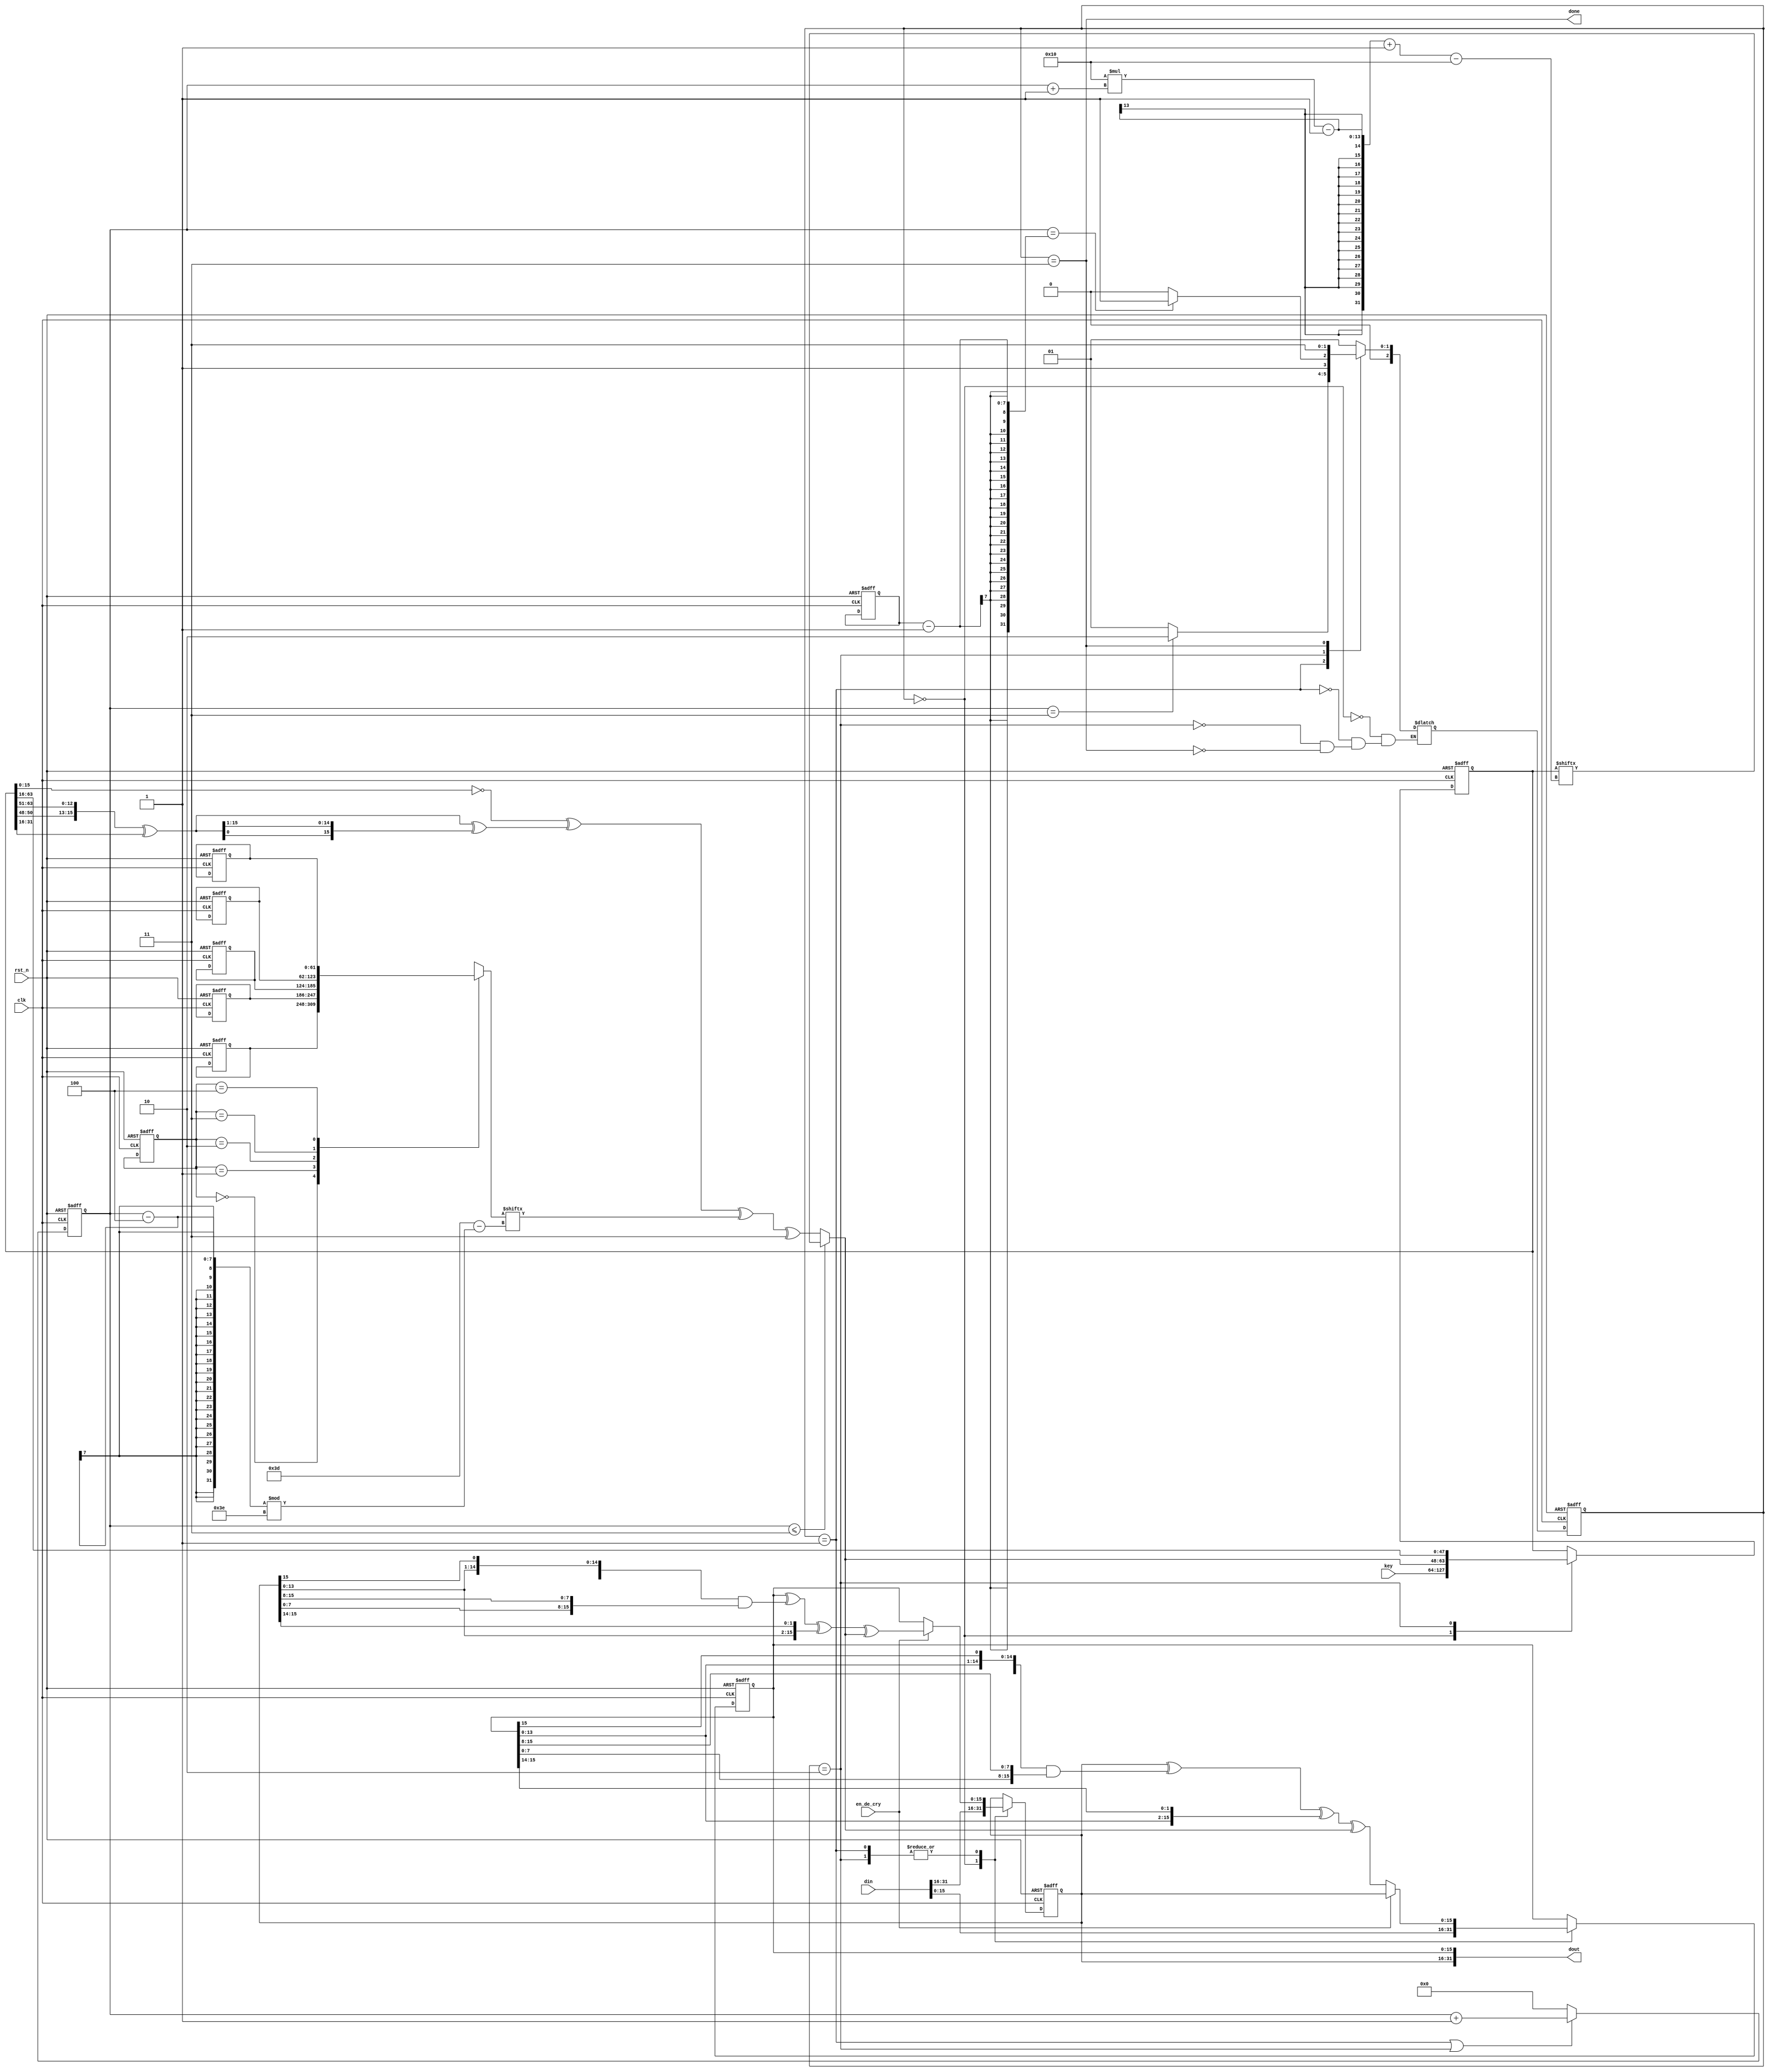
`timescale 1ns / 1ps
//////////////////////////////////////////////////////////////////////////////////
// Company: 
// Engineer: 
// 
// Design Name: 
// Module Name: simon
// Project Name: 
// Target Devices: 
// Tool Versions: 
// Description: 
// 
// Dependencies: 
// 
// Revision:
// Revision 0.01 - File Created
// Additional Comments:
// 
//////////////////////////////////////////////////////////////////////////////////


module simon #(
    parameter N = 16,
    parameter M = 4 
)(
    input clk,
    input rst_n,
    input en_de_cry,//1 is encry, 0 is decry
    input [2*N-1:0] din,
    input [M*N-1:0] key,
    output [2*N-1:0] dout,
    output done
    );

    reg[61:0] z[0:4]; 
    parameter IDLE = 2'b00, CIPHER1=2'b01, CIPHER2=2'b10,FINISH=2'b11;

    reg [2:0] state, next_state;

    reg [6:0] T; // T <= 72
    reg [2:0] j; // j <= 4;

    reg [N-1:0] x, y;
    reg [N*M-1:0] k;
    wire [N-1:0] k_expansion;
    wire [N-1:0] tmp1,tmp2,tmp3;
    
    reg [6:0] cnt_t; // count from 0-T,when cnt_t==m,begin k expansion
    wire cnt_en; // cnt_t?
    

    always @(posedge clk or negedge rst_n) begin
        if(!rst_n) begin
            z[0] <= 62'b11111010001001010110000111001101111101000100101011000011100110;
            z[1] <= 62'b10001110111110010011000010110101000111011111001001100001011010;
            z[2] <= 62'b10101111011100000011010010011000101000010001111110010110110011;
            z[3] <= 62'b11011011101011000110010111100000010010001010011100110100001111;
            z[4] <= 62'b11010001111001101011011000100000010111000011001010010011101111;
        end
        else begin 
            z[0] <= z[0];
            z[1] <= z[1];
            z[2] <= z[2];
            z[3] <= z[3];
            z[4] <= z[4];
        end
    end

    // FSM-1
    always @(posedge clk or negedge rst_n) begin
        if(!rst_n)
            state <= IDLE;
        else 
            state <= next_state; 
    end
    //FSM-2
    always @(*) begin
        case(state) 
            IDLE:begin
                next_state = CIPHER1;
            end
            CIPHER1:begin
                if(cnt_t==M-1)
                    next_state = CIPHER2;
                else
                    next_state = CIPHER1;
            end
            CIPHER2:begin
                if(cnt_t==T-1)
                    next_state = FINISH;
                else
                    next_state = CIPHER2;
            end
            FINISH:next_state = FINISH;
        endcase
    end

     //cnt_n
    assign cnt_en = (state==CIPHER1)|(state==CIPHER2);
    always @(posedge clk or negedge rst_n) begin
        if(!rst_n)
            cnt_t <= 7'd0;
        else if(cnt_en) 
            cnt_t <= cnt_t + 1'b1;
        else
            cnt_t <= 7'd0;
    end

    // FSM-3
    // key expansion
    always @(posedge clk or negedge rst_n) begin
        if(!rst_n) begin
            if(N==16) begin
                T <= 32;j <= 0; 
            end
            else if(N==24) begin
                if(M==3) begin
                    T <= 36; j <= 0;
                end
                else begin
                    T<=36;j<=1;
                end
            end
            else if(N==32) begin
                if(M==3) begin
                    T<=42;j<=2;
                end
                else begin
                    T<=44;j<=3;
                end
            end
            else if(N==48) begin
                if(M==2) begin
                    T<=52;j<=2;
                end
                else begin
                    T<=54;j<=3;
                end
            end
            else begin
                if(M==2) begin
                    T<=68;j<=2;
                end
                else if(M==3) begin
                    T<=69;j<=3;
                end
                else begin
                    T<=72;j<=4;
                end
            end
        end
        else begin
            T <= T;
            j <= j;
        end
    end
    always @(posedge clk or negedge rst_n) begin
        if(!rst_n) begin
            k <= 0;
        end
        else begin
            case(state)
                IDLE: begin
                    k <= key;
                end
                CIPHER1:begin
                    k <= k;
                end
                CIPHER2: begin
                    k <= {k_expansion,k[(N*M)-1:N]};
                end
                FINISH:;
            endcase
        end
    end
    assign tmp1 = {k[(M-1)*N+2:(M-1)*N],k[M*N-1:(M-1)*N+3]}; // S^-3
    assign tmp2 = (M==4)?(tmp1^k[(M-2)*N-1:(M-3)*N]):tmp1; // if(m=4) tmp<-tmp^k[i-3]
    assign tmp3 = tmp2^{tmp2[0],tmp2[N-1:1]};
    assign k_expansion = (cnt_t<=(M-1))?(k[(N*(cnt_t+1)-1)-:N]):((~k[N-1:0])^tmp3^z[j][61-(cnt_t-M)%62]^3);
    // x,y expansion
    always @(posedge clk or negedge rst_n) begin
        if(!rst_n) begin
            x <= 0;
            y <= 0;
        end
        else begin
            case(state)
                IDLE: begin
                    {x,y} <= din;
                end
                CIPHER1,CIPHER2: begin
                    if(en_de_cry) begin
                        y <= x;
                        x <= y^({x[N-2:0],x[N-1]}&{x[N-9:0],x[N-1:N-8]})^{x[N-3:0],x[N-1:N-2]}^k_expansion;
                    end
                    else begin
                        x <= y;
                        y <= x^({y[N-2:0],y[N-1]}&{y[N-9:0],y[N-1:N-8]})^{y[N-3:0],y[N-1:N-2]}^k_expansion;
                    end
                end
                FINISH:;
            endcase
        end
    end
    assign done = state==FINISH;
    assign dout = {x,y};
endmodule